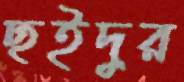
ছইদুর